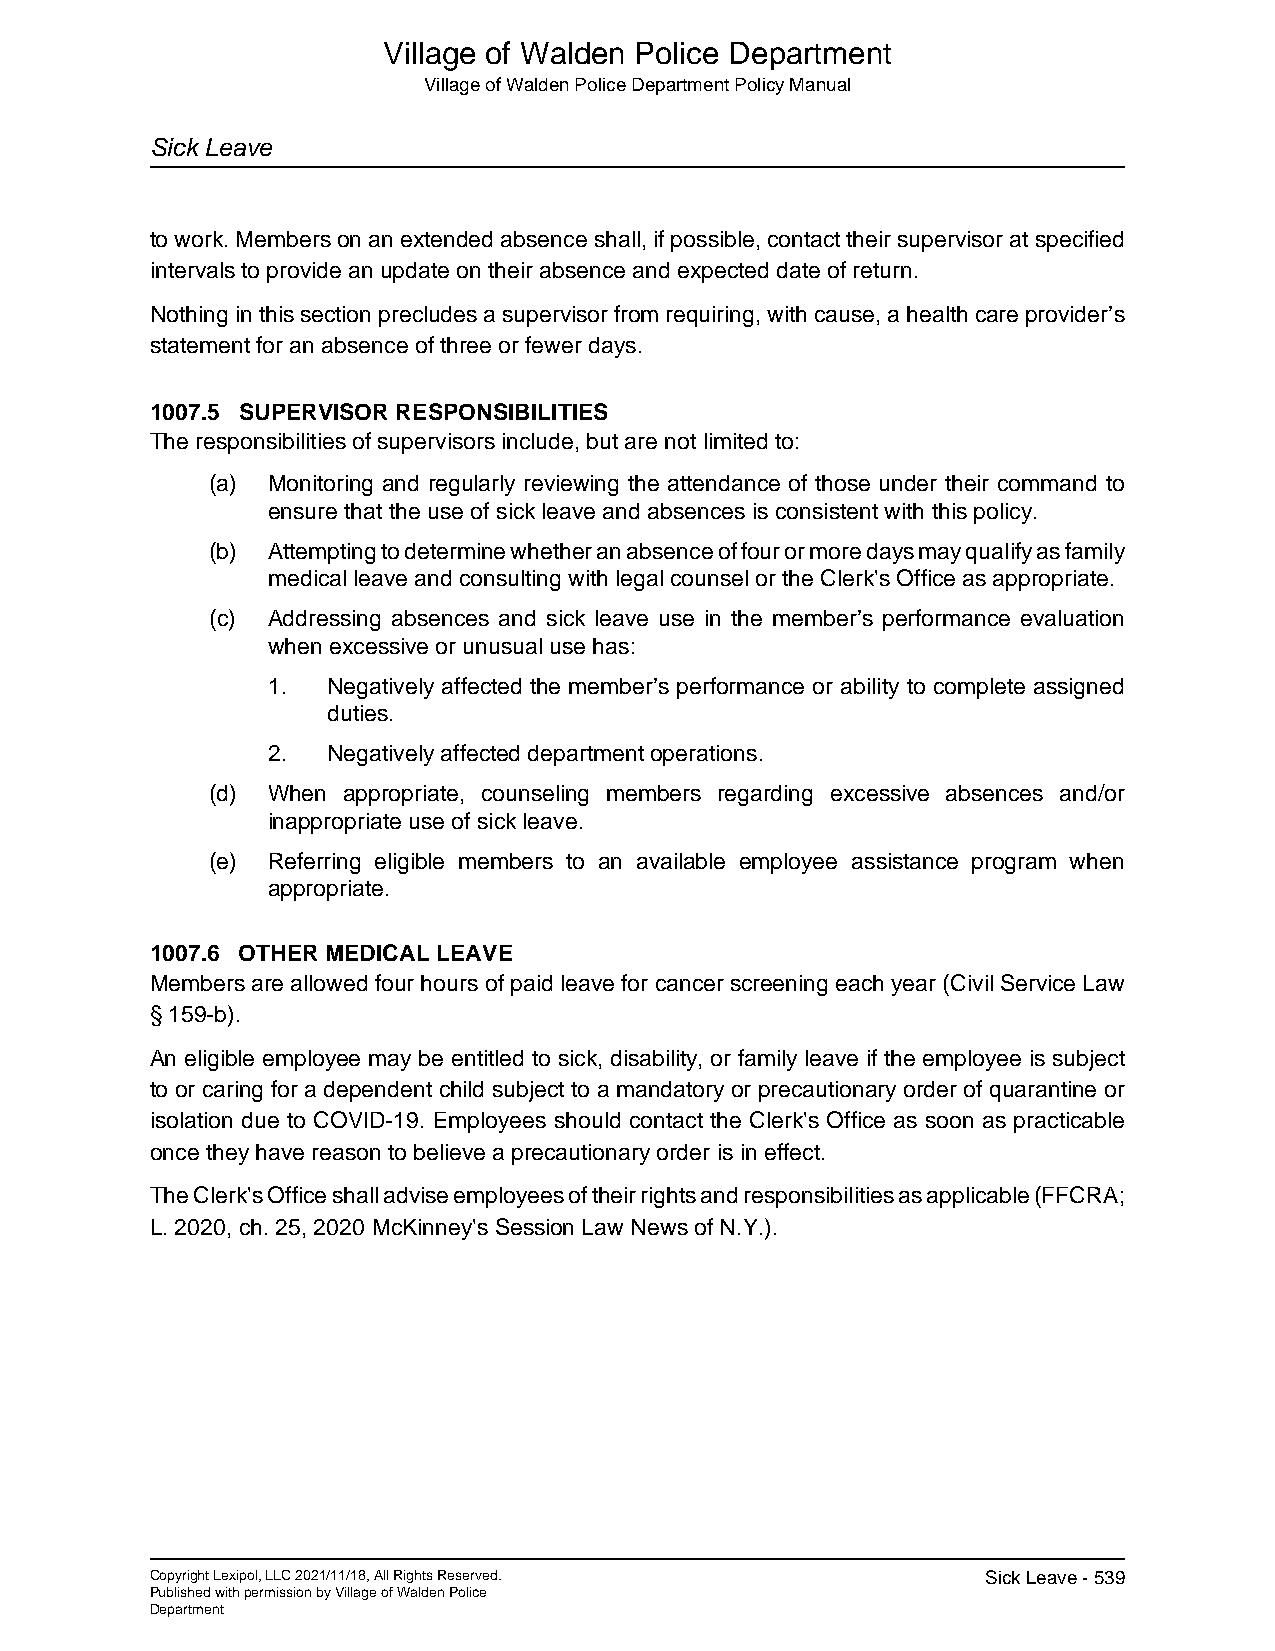
Village of Walden Police Department
 Village of Walden Police Department Policy Manual
 Sick Leave
 to work. Members on an extended absence shall, if possible, contact their supervisor at specified
 intervals to provide an update on their absence and expected date of return.
 Nothing in this section precludes a supervisor from requiring, with cause, a health care provider’s
 statement for an absence of three or fewer days.
 1007.5 SUPERVISOR RESPONSIBILITIES
 The responsibilities of supervisors include, but are not limited to:_
 (a) Monitoring and regularly reviewing the attendance of those under their command to
 ensure that the use of sick leave and absences is consistent with this policy.
 (b) Attempting to determine whether an absence of four or more days may qualify as family
 medical leave and consulting with legal counsel or the Clerk's Office as appropriate.
 (c) Addressing absences and sick leave use in the member’s performance evaluation
 when excessive or unusual use has:
 1.  Negatively affected the member’s performance or ability to complete assigned
 duties.
 2.  Negatively affected department operations.
 (d) When appropriate, counseling members regarding excessive absences and/or
 inappropriate use of sick leave.
 (e) Referring eligible members to an available employee assistance program when
 appropriate.
 1007.6 OTHER MEDICAL LEAVE
 Members are allowed four hours of paid leave for cancer screening each year (Civil Service Law
 § 159-b).
 An eligible employee may be entitled to sick, disability, or family leave if the employee is subject
 to or caring for a dependent child subject to a mandatory or precautionary order of quarantine or
 isolation due to COVID-19. Employees should contact the Clerk's Office as soon as practicable
 once they have reason to believe a precautionary order is in effect.
 The Clerk's Office shall advise employees of their rights and responsibilities as applicable (FFCRA;
 L. 2020, ch. 25, 2020 McKinney's Session Law News of N.Y.).
 Copyright Lexipol, LLC 2021/11/18, All Rights Reserved. Sick Leave - 539
 Published with permission by Village of Walden Police
 Department